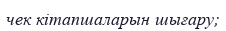
чек кітапшаларын шығару;